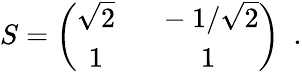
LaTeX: S=\left(\begin{array}{cc}{{\sqrt{2}\ }}&{{\ -1/\sqrt{2}}}\\ {{1\ }}&{{\ 1}}\end{array}\right)\ \ .